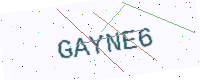
Text: GAYNE6